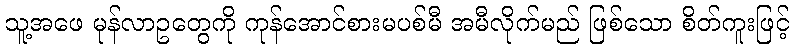
သူ့အဖေ မုန်လာဥတွေကို ကုန်အောင်စားမပစ်မီ အမီလိုက်မည် ဖြစ်သော စိတ်ကူးဖြင့်